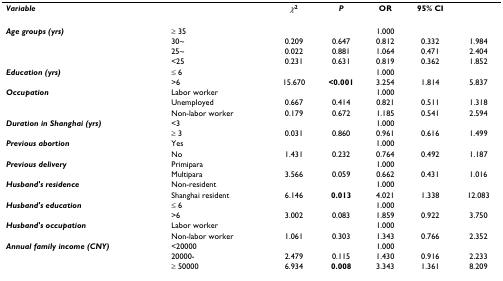
<table><thead><tr><td><b><i>Variable</i></b></td><td></td><td><b><i>χ</i><sup>2</sup></b></td><td><b><i>P</i></b></td><td><b>OR</b></td><td><b>95% CI</b></td><td></td></tr></thead><tbody><tr><td><b><i>Age groups (yrs)</i></b></td><td>≥ 35</td><td></td><td></td><td>1.000</td><td></td><td></td></tr><tr><td></td><td>30~</td><td>0.209</td><td>0.647</td><td>0.812</td><td>0.332</td><td>1.984</td></tr><tr><td></td><td>25~</td><td>0.022</td><td>0.881</td><td>1.064</td><td>0.471</td><td>2.404</td></tr><tr><td></td><td>&lt;25</td><td>0.231</td><td>0.631</td><td>0.819</td><td>0.362</td><td>1.852</td></tr><tr><td><b><i>Education (yrs)</i></b></td><td>≤ 6</td><td></td><td></td><td>1.000</td><td></td><td></td></tr><tr><td></td><td>&gt;6</td><td>15.670</td><td><b>&lt;0.001</b></td><td>3.254</td><td>1.814</td><td>5.837</td></tr><tr><td><b><i>Occupation</i></b></td><td>Labor worker</td><td></td><td></td><td>1.000</td><td></td><td></td></tr><tr><td></td><td>Unemployed</td><td>0.667</td><td>0.414</td><td>0.821</td><td>0.511</td><td>1.318</td></tr><tr><td></td><td>Non-labor worker</td><td>0.179</td><td>0.672</td><td>1.185</td><td>0.541</td><td>2.594</td></tr><tr><td><b><i>Duration in Shanghai (yrs)</i></b></td><td>&lt;3</td><td></td><td></td><td>1.000</td><td></td><td></td></tr><tr><td></td><td>≥ 3</td><td>0.031</td><td>0.860</td><td>0.961</td><td>0.616</td><td>1.499</td></tr><tr><td><b><i>Previous abortion</i></b></td><td>Yes</td><td></td><td></td><td>1.000</td><td></td><td></td></tr><tr><td></td><td>No</td><td>1.431</td><td>0.232</td><td>0.764</td><td>0.492</td><td>1.187</td></tr><tr><td><b><i>Previous delivery</i></b></td><td>Primipara</td><td></td><td></td><td>1.000</td><td></td><td></td></tr><tr><td></td><td>Multipara</td><td>3.566</td><td>0.059</td><td>0.662</td><td>0.431</td><td>1.016</td></tr><tr><td><b><i>Husband&#x27;s residence</i></b></td><td>Non-resident</td><td></td><td></td><td>1.000</td><td></td><td></td></tr><tr><td></td><td>Shanghai resident</td><td>6.146</td><td><b>0.013</b></td><td>4.021</td><td>1.338</td><td>12.083</td></tr><tr><td><b><i>Husband&#x27;s education</i></b></td><td>≤ 6</td><td></td><td></td><td>1.000</td><td></td><td></td></tr><tr><td></td><td>&gt;6</td><td>3.002</td><td>0.083</td><td>1.859</td><td>0.922</td><td>3.750</td></tr><tr><td><b><i>Husband&#x27;s occupation</i></b></td><td>Labor worker</td><td></td><td></td><td>1.000</td><td></td><td></td></tr><tr><td></td><td>Non-labor worker</td><td>1.061</td><td>0.303</td><td>1.343</td><td>0.766</td><td>2.352</td></tr><tr><td><b><i>Annual family income (CNY)</i></b></td><td>&lt;20000</td><td></td><td></td><td>1.000</td><td></td><td></td></tr><tr><td></td><td>20000-</td><td>2.479</td><td>0.115</td><td>1.430</td><td>0.916</td><td>2.233</td></tr><tr><td></td><td>≥ 50000</td><td>6.934</td><td><b>0.008</b></td><td>3.343</td><td>1.361</td><td>8.209</td></tr></tbody></table>